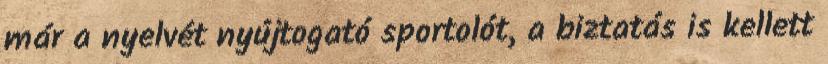
már a nyelvét nyújtogató sportolót, a biztatás is kellett